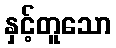
နှင့်တူသော